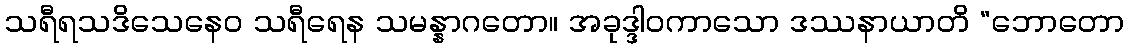
သရီရသဒိသေနေဝ သရီရေန သမန္နာဂတော။ အခုဒ္ဒါဝကာသော ဒဿနာယာတိ “ဘောတော